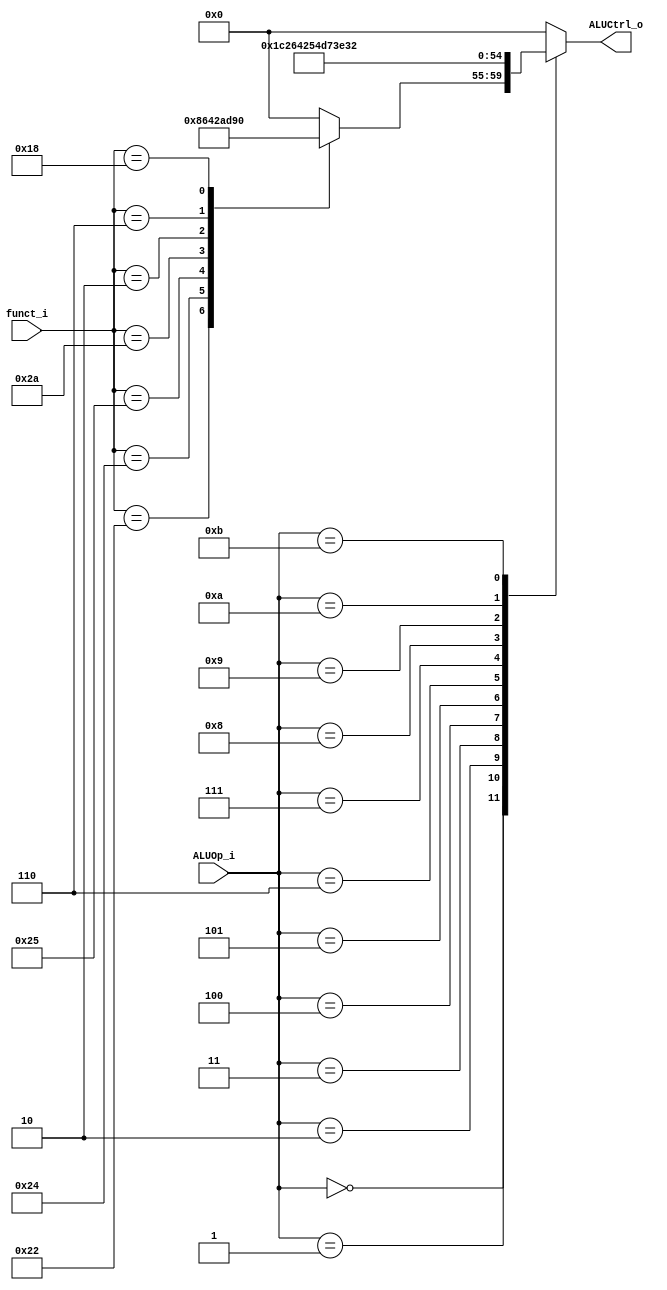
//Subject:     CO project 2 - ALU Controller
//--------------------------------------------------------------------------------
//Version:     1
//--------------------------------------------------------------------------------
//Writer:      
//----------------------------------------------
//Date:        
//----------------------------------------------
//Description: 
//--------------------------------------------------------------------------------


//02112290211261


module ALU_Ctrl(
          funct_i,
          ALUOp_i,
          ALUCtrl_o
          );
          
//I/O ports 
input      [6-1:0] funct_i;
input      [4-1:0] ALUOp_i;

output     [5-1:0] ALUCtrl_o;    
     
//Internal Signals
reg        [5-1:0] ALUCtrl_o;

//Parameter
always@(*)
begin
case(ALUOp_i)
4'd0:
begin
case(funct_i)
6'd32:ALUCtrl_o<=5'd0;
6'd34:ALUCtrl_o<=5'd2;
6'd36:ALUCtrl_o<=5'd3;
6'd37:ALUCtrl_o<=5'd4;
6'd42:ALUCtrl_o<=5'd5;
6'd2:ALUCtrl_o<=5'd11;
6'd6:ALUCtrl_o<=5'd12;
6'd24:ALUCtrl_o<=5'd16;

default:
ALUCtrl_o=4'b0000;
endcase

end
4'd1:ALUCtrl_o<=5'd7;
4'd2:ALUCtrl_o<=5'd1;
4'd3:ALUCtrl_o<=5'd6;
4'd4:ALUCtrl_o<=5'd8;//BNE BNEZ
4'd5:ALUCtrl_o<=5'd9;//ORI
4'd6:ALUCtrl_o<=5'd10;//LUI
4'd7:ALUCtrl_o<=5'd13;//lw
4'd8:ALUCtrl_o<=5'd14;//sw
4'd9:ALUCtrl_o<=5'd15;//j
4'd10:ALUCtrl_o<=5'd17;//bgez
4'd11:ALUCtrl_o<=5'd18;//blt
default:
ALUCtrl_o<=5'b00000;
endcase
end
       
//Select exact operation

endmodule